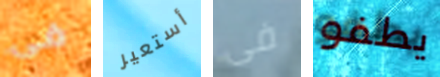
فى أستعير فى يطفو